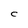
Character: C